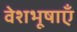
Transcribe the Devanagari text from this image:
वेशभूषाएँ